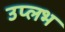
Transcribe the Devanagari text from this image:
उप्लभ